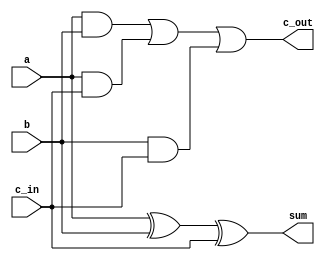
module fulladd(sum, c_out, a, b, c_in);

// I/O declaration, wire type by default
output sum, c_out;
input a, b, c_in;

assign sum = a ^ b ^ c_in;
assign c_out = (a & b) | (a & c_in) | (b & c_in);

initial
begin
        $display("--------------Using dataflow model-----------------\\\\\\\\\\\\\\\\\\\\\\\\\\\\\\\\n");
end

endmodule